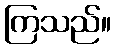
ကြသည်။